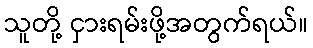
သူတို့ ငှားရမ်းဖို့အတွက်ရယ်။